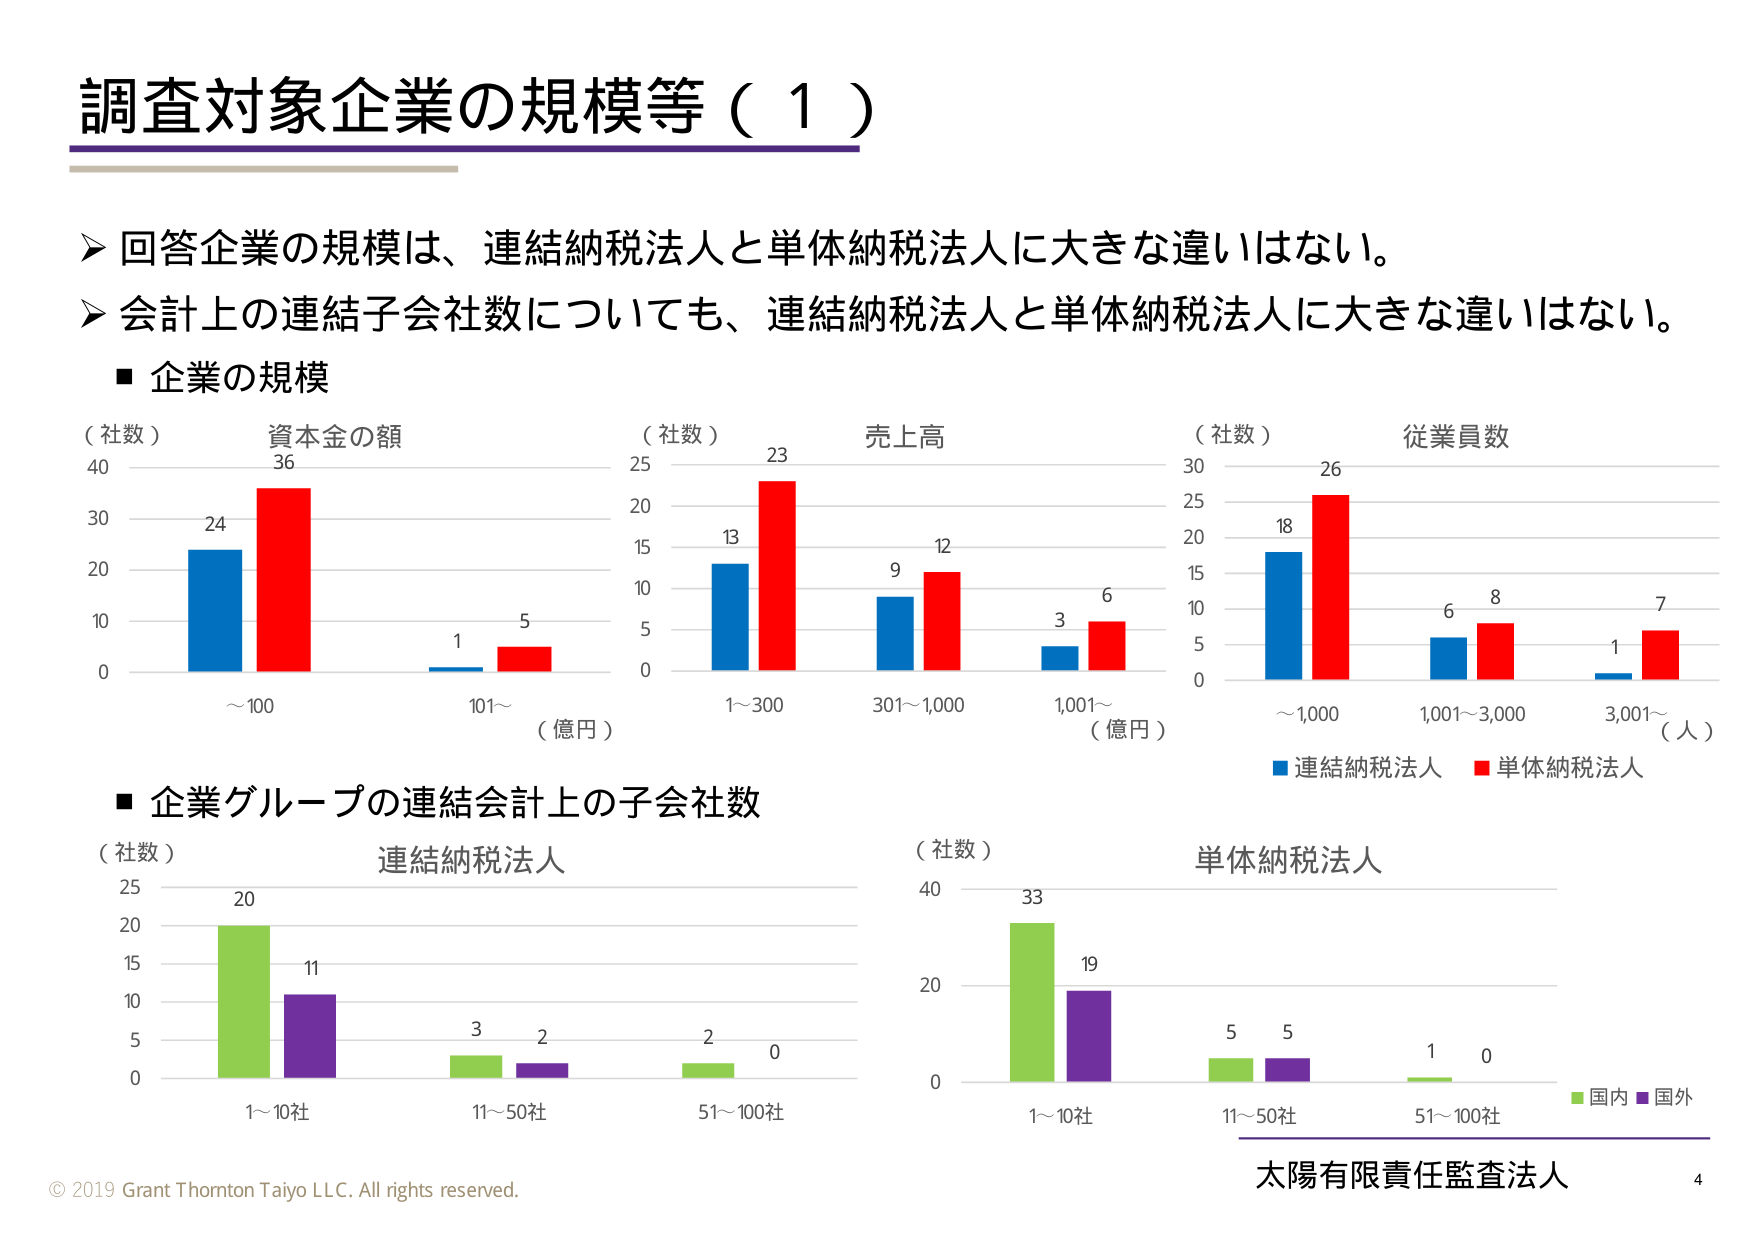
調査対象企業の規模等（1）

▶ 回答企業の規模は、連結納税法人と単体納税法人に大きな違いはない。
▶ 会計上の連結子会社数についても、連結納税法人と単体納税法人に大きな違いはない。

■ 企業の規模

（社数）
資本金の額
40
30
20
10
0
24
36
1
5
～100
101～
（億円）

（社数）
売上高
25
20
15
10
5
0
13
23
9
12
3
6
1～300
301～1,000
1,001～
（億円）

（社数）
従業員数
30
25
20
15
10
5
0
18
26
6
8
1
7
～1,000
1,001～3,000
3,001～
（人）

■ 企業グループの連結会計上の子会社数

（社数）
連結納税法人
25
20
15
10
5
0
20
11
3
2
2
0
1～10社
11～50社
51～100社

（社数）
単体納税法人
40
33
19
5
5
1
0
1～10社
11～50社
51～100社

■ 連結納税法人 ■ 単体納税法人
■ 国内 ■ 国外

© 2019 Grant Thornton Taiyo LLC. All rights reserved.
太陽有限責任監査法人
4